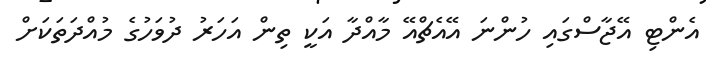
އެންޓި އޭޖާސްގައި ހުންނަ އޭއެޗްއޭ މާއްދާ އަކީ ތިން އަހަރު ދުވަހުގެ މުއްދަތަކަށް